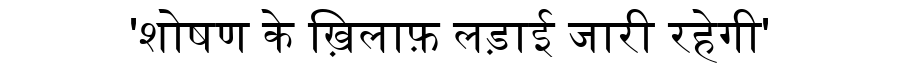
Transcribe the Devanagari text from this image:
'शोषण के ख़िलाफ़ लड़ाई जारी रहेगी'